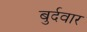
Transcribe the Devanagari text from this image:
बुर्दवार